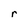
Character: r